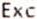
EXC